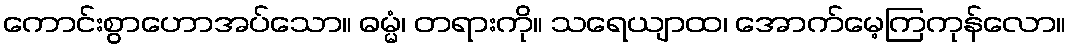
ကောင်းစွာဟောအပ်သော။ ဓမ္မံ၊ တရားကို။ သရေယျာထ၊ အောက်မေ့ကြကုန်လော။